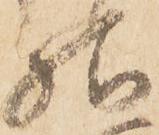
様